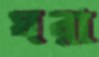
ঘরা